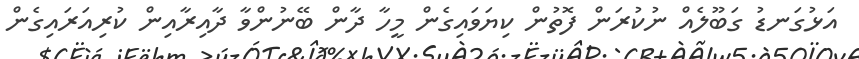
އަޅުގަނޑު ގަބޫލެއް ނުކުރަން ފޮތުން ކިޔަވައިގެން މީހާ ދާން ބޭނުންވާ ދާއިރާއިން ކުރިއަރައިގެން